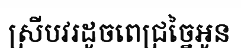
ស្រីបវរដូចពេជ្រច្នៃអូន